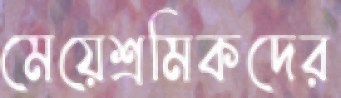
মেয়েশ্রমিকদের